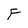
Character: F